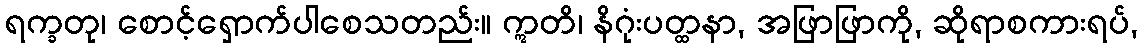
ရက္ခတု၊ စောင့်ရှောက်ပါစေသတည်း။ ဣတိ၊ နိဂုံးပတ္ထနာ, အဖြာဖြာကို, ဆိုရာစကားရပ်,